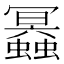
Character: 𧔲